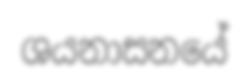
ශයනාසනයේ